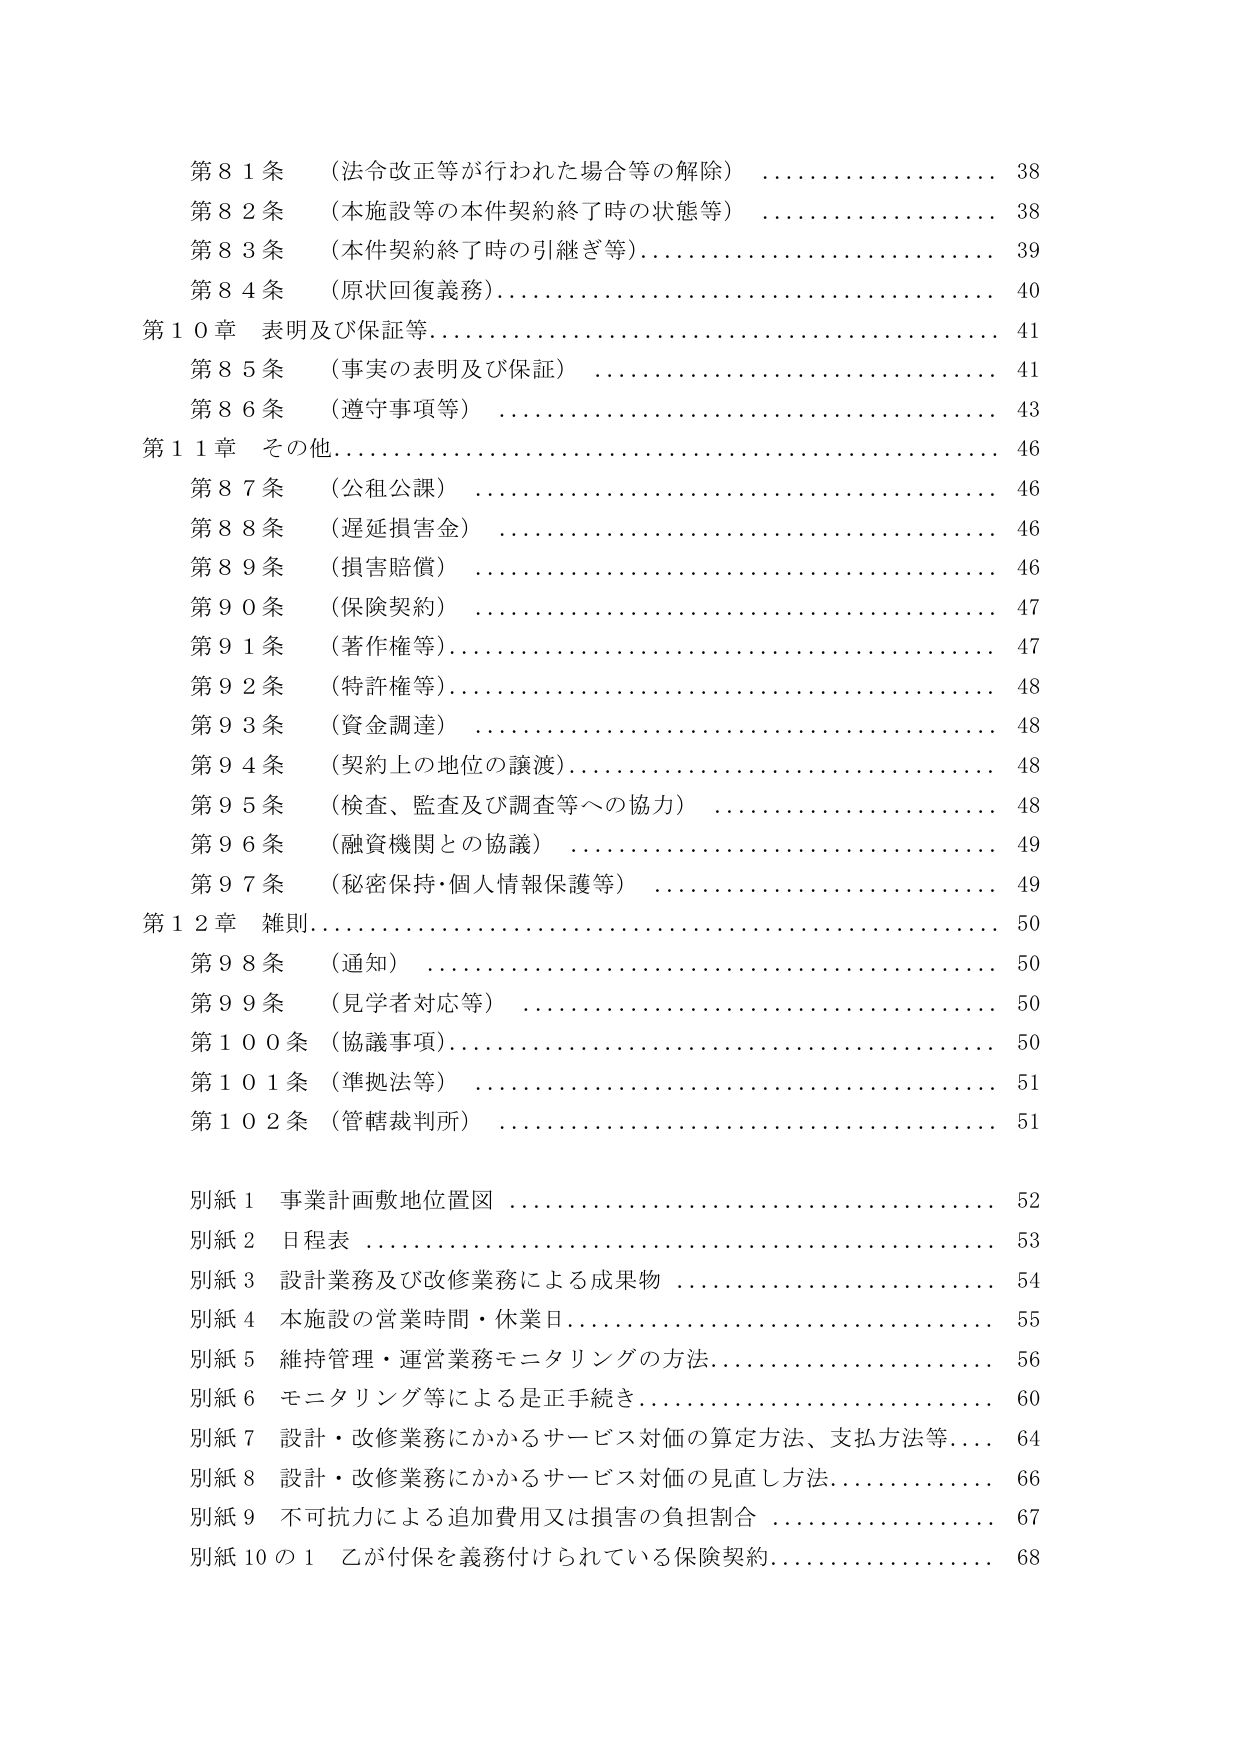
第８１条 （法令改正等が行われた場合等の解除） 38
第８２条 （本施設等の本件契約終了時の状態等） 38
第８３条 （本件契約終了時の引継ぎ等） 39
第８４条 （原状回復義務） 40
第１０章 表明及び保証等 41
　第８５条 （事実の表明及び保証） 41
　第８６条 （遵守事項等） 43
第１１章 その他 46
　第８７条 （公租公課） 46
　第８８条 （遅延損害金） 46
　第８９条 （損害賠償） 46
　第９０条 （保険契約） 47
　第９１条 （著作権等） 47
　第９２条 （特許権等） 48
　第９３条 （資金調達） 48
　第９４条 （契約上の地位の譲渡） 48
　第９５条 （検査、監査及び調査等への協力） 48
　第９６条 （融資機関との協議） 49
　第９７条 （秘密保持・個人情報保護等） 49
第１２章 雑則 50
　第９８条 （通知） 50
　第９９条 （見学者対応等） 50
　第１００条 （協議事項） 50
　第１０１条 （準拠法等） 51
　第１０２条 （管轄裁判所） 51
別紙１ 事業計画敷地位置図 52
別紙２ 日程表 53
別紙３ 設計業務及び改修業務による成果物 54
別紙４ 本施設の営業時間・休業日 55
別紙５ 維持管理・運営業務モニタリングの方法 56
別紙６ モニタリング等による是正手続き 60
別紙７ 設計・改修業務にかかるサービス対価の算定方法、支払方法等 64
別紙８ 設計・改修業務にかかるサービス対価の見直し方法 66
別紙９ 不可抗力による追加費用又は損害の負担割合 67
別紙１０の１ 乙が付保を義務付けられている保険契約 68